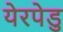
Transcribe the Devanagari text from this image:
येरपेडु